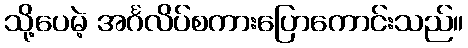
သို့ပေမဲ့ အင်္ဂလိပ်စကားပြောကောင်းသည်။